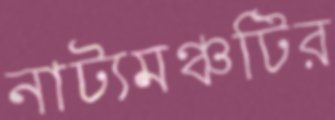
নাট্যমঞ্চটির